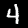
Label: 4